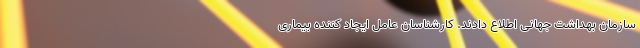
سازمان بهداشت جهانی اطلاع دادند. کارشناسان عامل ایجاد کننده بیماری